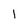
Character: 1